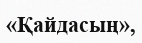
«Қайдасың»,